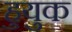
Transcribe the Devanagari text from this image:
हुयुक